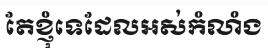
តែខ្ញុំទេដែលអស់កំលាំង